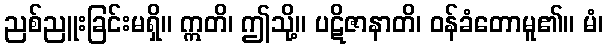
ညစ်ညူးခြင်းမရှိ။ ဣတိ၊ ဤသို့။ ပဋိဇာနာတိ၊ ဝန်ခံတောမူ၏။ မံ၊